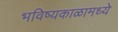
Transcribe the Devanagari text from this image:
भविष्यकाळामध्ये